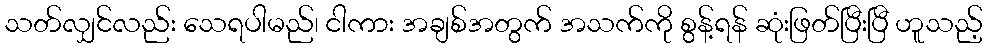
သတ်လျှင်လည်း သေရပါမည်၊ ငါကား အချစ်အတွက် အသက်ကို စွန့်ရန် ဆုံးဖြတ်ပြီးပြီ ဟူသည့်